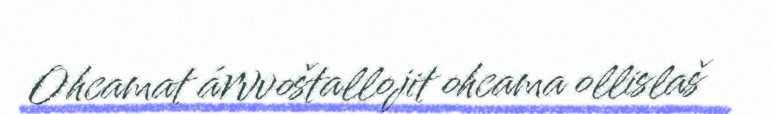
Ohcamat árvvoštallojit ohcama ollislaš